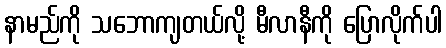
နာမည်ကို သဘောကျတယ်လို့ မီလာနီကို ပြောလိုက်ပါ